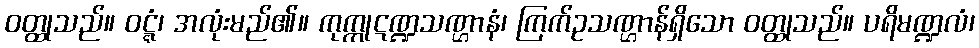
ဝတ္ထုသည်။ ဝဋ္ဋံ၊ အလုံးမည်၏။ ကုက္ကုဋဏ္ဍသဏ္ဌာနံ၊ ကြက်ဥသဏ္ဌာန်ရှိသော ဝတ္ထုသည်။ ပရိမဏ္ဍလံ၊